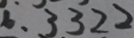
. 3 3 2 2